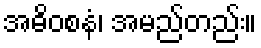
အဓိဝစနံ၊ အမည်တည်း။